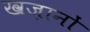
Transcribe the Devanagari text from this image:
खज़ानों